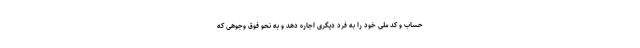
حساب و کد ملی خود را به فرد دیگری اجاره ‌دهد و به نحو فوق وجوهی که